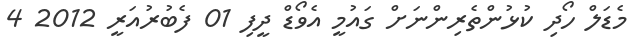
މެޑަލް ހޯދި ކުޅުންތެރިންނަށް ގައުމީ އެވޯޑް ދީފި 01 ފެބުރުއަރީ 2012 4